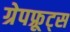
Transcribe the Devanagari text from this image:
ग्रेपफ्रूट्स